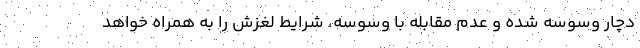
دچار وسوسه شده و عدم مقابله با وسوسه، شرایط لغزش را به همراه خواهد